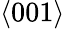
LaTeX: \langle 001\rangle